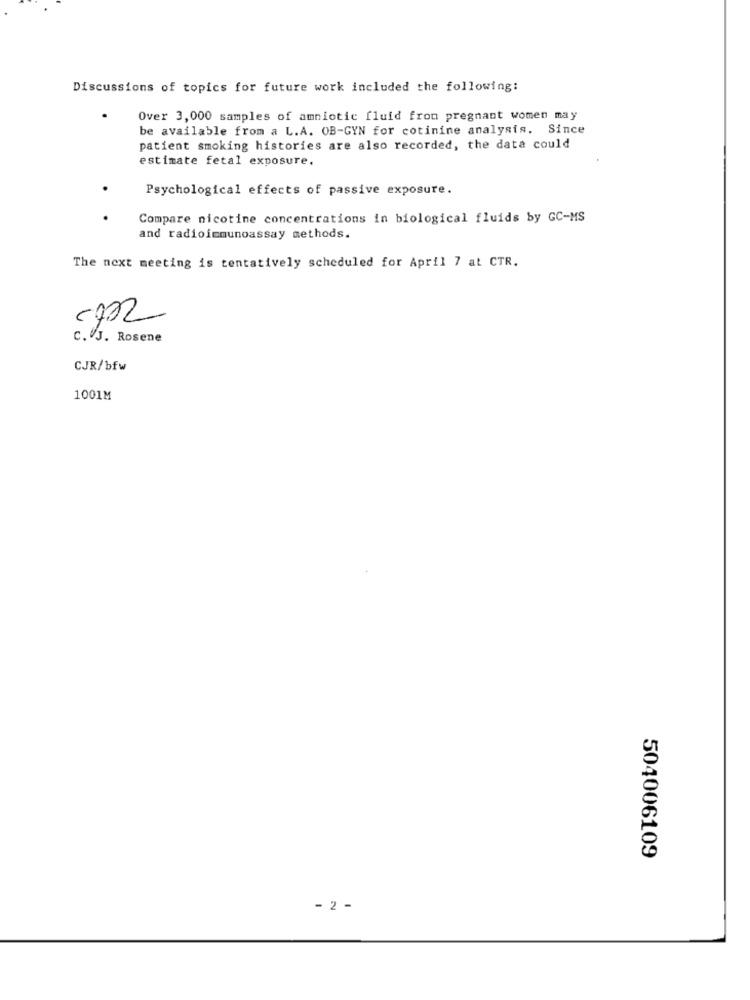
Discussions of topics for future work included the following:
Over 3,000 samples of amniotic fluid from pregnant women may
be available from a L.A. OB-GYN for cotinine analysis. Since
patient smoking histories are also recorded, the data could
estimate fetal exposure.
Psychological effects of passive exposure.
Compare nicotine concentrations in biological fluids by GC-MS
and radioimmunoassay methods.
The next meeting is tentatively scheduled for April 7 at CTR.
c. J. Rosene
CJR/bfw
1001M
504006109
- 2 -